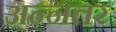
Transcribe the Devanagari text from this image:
अन्नतर